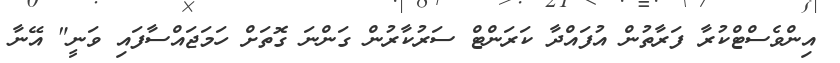
އިންވެސްޓްކުރާ ފަރާތުން އުފައްދާ ކަރަންޓް ސަރުކާރުން ގަންނަ ގޮތަށް ހަމަޖައްސާފައި ވަނީ" އޭނާ